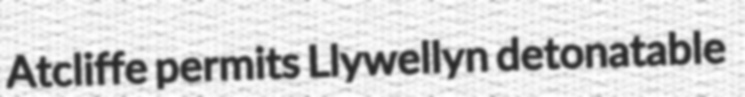
Atcliffe permits Llywellyn detonatable